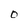
Character: O